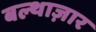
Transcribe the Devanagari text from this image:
बल्थाज़ार